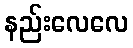
နည်းလေလေ